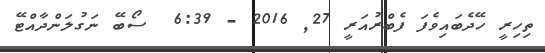
ތިހިރީ ހޭދެބައިވެފަ ފެބްރުއަރީ 27